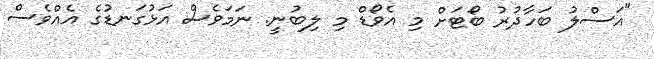
"އަސްލު ބަހާދުރު ބޯޓަށް މި އެވޯޑް މި ލިބުނީ. ނަމަވެސް އަޅުގަނޑުގެ އެއްވެސް